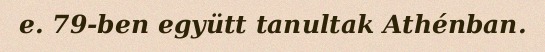
e. 79-ben együtt tanultak Athénban.